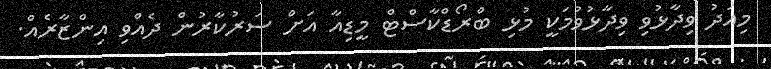
މިއަދު ވިދާޅުވި ވިދާޅުވުމަކީ މުޅި ބްރޯޑްކާސްޓް މީޑިއާ އަށް ސަރުކާރުން ދެއްވި އިންޒާރެއް.